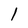
Character: l